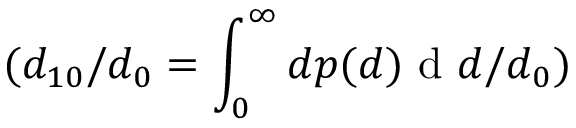
( d _ { 1 0 } / d _ { 0 } = \int _ { 0 } ^ { \infty } d p ( d ) \textrm { d } d / d _ { 0 } )